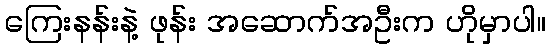
ကြေးနန်းနဲ့ ဖုန်း အဆောက်အဦးက ဟိုမှာပါ။